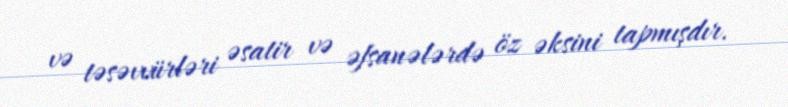
və təsəvvürləri əsatir və əfsanələrdə öz əksini tapmışdır.